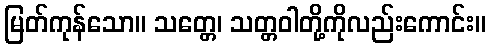
မြတ်ကုန်သော။ သတ္တေ၊ သတ္တဝါတို့ကိုလည်းကောင်း။